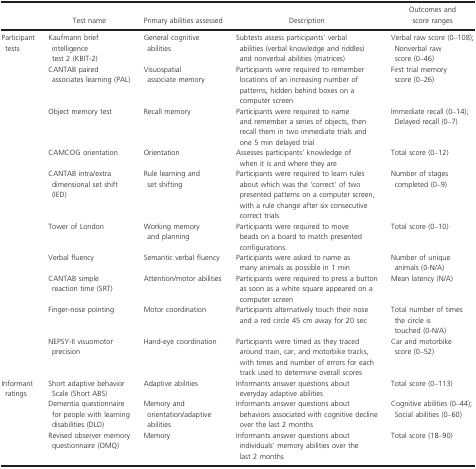
<table><thead><tr><td></td><td><b>Test name</b></td><td><b>Primary abilities assessed</b></td><td><b>Description</b></td><td><b>Outcomes and score ranges</b></td></tr></thead><tbody><tr><td rowspan="10">Participant tests</td><td>Kaufmann brief intelligence test 2 (KBIT‐2)</td><td>General cognitive abilities</td><td>Subtests assess participants’ verbal abilities (verbal knowledge and riddles) and nonverbal abilities (matrices)</td><td>Verbal raw score (0–108); Nonverbal raw score (0–46)</td></tr><tr><td>CANTAB paired associates learning (PAL)</td><td>Visuospatial associate memory</td><td>Participants were required to remember locations of an increasing number of patterns, hidden behind boxes on a computer screen</td><td>First trial memory score (0–26)</td></tr><tr><td>Object memory test</td><td>Recall memory</td><td>Participants were required to name and remember a series of objects, then recall them in two immediate trials and one 5 min delayed trial</td><td>Immediate recall (0–14); Delayed recall (0–7)</td></tr><tr><td>CAMCOG orientation</td><td>Orientation</td><td>Assesses participants’ knowledge of when it is and where they are</td><td>Total score (0–12)</td></tr><tr><td>CANTAB intra/extra dimensional set shift (IED)</td><td>Rule learning and set shifting</td><td>Participants were required to learn rules about which was the ‘correct’ of two presented patterns on a computer screen, with a rule change after six consecutive correct trials</td><td>Number of stages completed (0–9)</td></tr><tr><td>Tower of London</td><td>Working memory and planning</td><td>Participants were required to move beads on a board to match presented configurations.</td><td>Total score (0–10)</td></tr><tr><td>Verbal fluency</td><td>Semantic verbal fluency</td><td>Participants were asked to name as many animals as possible in 1 min</td><td>Number of unique animals (0‐N/A)</td></tr><tr><td>CANTAB simple reaction time (SRT)</td><td>Attention/motor abilities</td><td>Participants were required to press a button as soon as a white square appeared on a computer screen</td><td>Mean latency (N/A)</td></tr><tr><td>Finger‐nose pointing</td><td>Motor coordination</td><td>Participants alternatively touch their nose and a red circle 45 cm away for 20 sec</td><td>Total number of times the circle is touched (0‐N/A)</td></tr><tr><td>NEPSY‐II visuomotor precision</td><td>Hand‐eye coordination</td><td>Participants were timed as they traced around train, car, and motorbike tracks, with times and number of errors for each track used to determine overall scores</td><td>Car and motorbike score (0–52)</td></tr><tr><td rowspan="3">Informant ratings</td><td>Short adaptive behavior Scale (Short ABS)</td><td>Adaptive abilities</td><td>Informants answer questions about everyday adaptive abilities</td><td>Total score (0–113)</td></tr><tr><td>Dementia questionnaire for people with learning disabilities (DLD)</td><td>Memory and orientation/adaptive abilities</td><td>Informants answer questions about behaviors associated with cognitive decline over the last 2 months</td><td>Cognitive abilities (0–44); Social abilities (0–60)</td></tr><tr><td>Revised observer memory questionnaire (OMQ)</td><td>Memory</td><td>Informants answer questions about individuals’ memory abilities over the last 2 months</td><td>Total score (18–90)</td></tr></tbody></table>